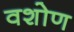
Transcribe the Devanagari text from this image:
वशोण